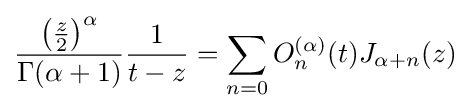
{\frac {\left({\frac {z}{2}}\right)^{\alpha }}{\Gamma (\alpha +1)}}{\frac {1}{t-z}}=\sum _{n=0}O_{n}^{(\alpha )}(t)J_{\alpha +n}(z)